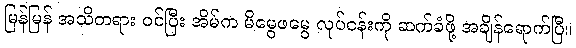
မြန်မြန် အသိတရား ဝင်ပြီး အိမ်က မိမွေဖမွေ လုပ်ငန်းကို ဆက်ခံဖို့ အချိန်ရောက်ပြီ။